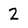
Character: 2